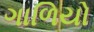
ગાળિયો